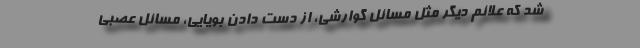
شد که علائم دیگر مثل مسائل گوارشی، از دست دادن بویایی، مسائل عصبی